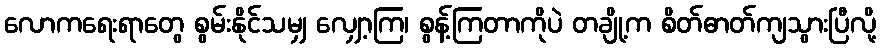
လောကရေးရာတွေ စွမ်းနိုင်သမျှ လျှော့ကြ၊ စွန့်ကြတာကိုပဲ တချို့က စိတ်ဓာတ်ကျသွားပြီလို့